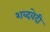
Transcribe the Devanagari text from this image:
शब्दवेदी